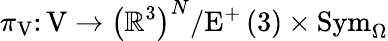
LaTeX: \pi_{\mathrm{V}}\colon\mathrm{V}\rightarrow\left(\mathbb{R}^{3}\right)^{N}/\mathrm{E}^{+}\left(3\right)\times\mathrm{Sym}_{\Omega}